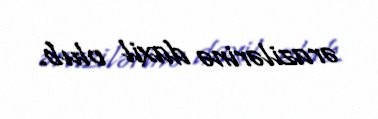
ərazilərinə daxil olub.